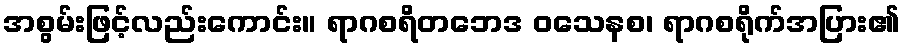
အစွမ်းဖြင့်လည်းကောင်း။ ရာဂစရိတဘေဒ ဝသေနစ၊ ရာဂစရိုက်အပြား၏